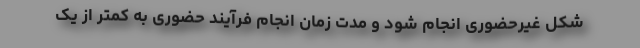
شکل غیرحضوری انجام شود و مدت زمان انجام فرآیند حضوری به کمتر از یک